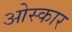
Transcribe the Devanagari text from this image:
ओस्कार